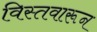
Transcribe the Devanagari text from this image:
विस्तवारून